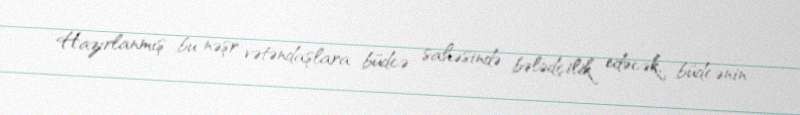
Hazırlanmış bu nəşr vətəndaşlara büdcə sahəsində bələdçilik edəcək, büdcənin